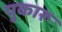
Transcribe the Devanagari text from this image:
पुकारू